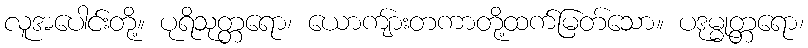
လူအပေါင်းတို့။ ပုရိသုတ္တရော၊ ယောကျ်ားတကာတို့ထက်မြတ်သော။ ပဒုမ္မုတ္တရော၊